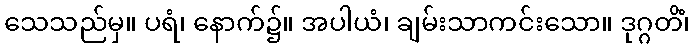
သေသည်မှ။ ပရံ၊ နောက်၌။ အပါယံ၊ ချမ်းသာကင်းသော။ ဒုဂ္ဂတိံ၊